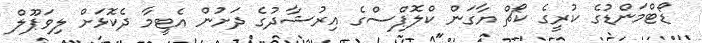
ޑޯޓްމަންޑުގެ ކުރީގެ ކޯޗް ޔާގަން ކްލޮޕްސްގެ އިރުޝާދުގެ ދަށުން އެޓީމާ ދެކޮޅަށް ލިވަޕޫލް